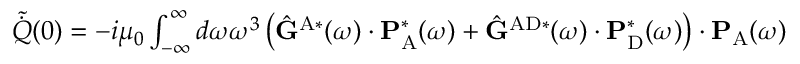
\begin{array} { r } { \tilde { \dot { Q } } ( 0 ) = - i \mu _ { 0 } \int _ { - \infty } ^ { \infty } d \omega \omega ^ { 3 } \left( \hat { \mathbf { G } } ^ { \mathrm { A } * } ( \omega ) \cdot \mathbf { P } _ { \mathrm { A } } ^ { * } ( \omega ) + \hat { \mathbf { G } } ^ { \mathrm { A D } * } ( \omega ) \cdot \mathbf { P } _ { \mathrm { D } } ^ { * } ( \omega ) \right) \cdot \mathbf { P } _ { \mathrm { A } } ( \omega ) } \end{array}